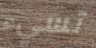
تسيء